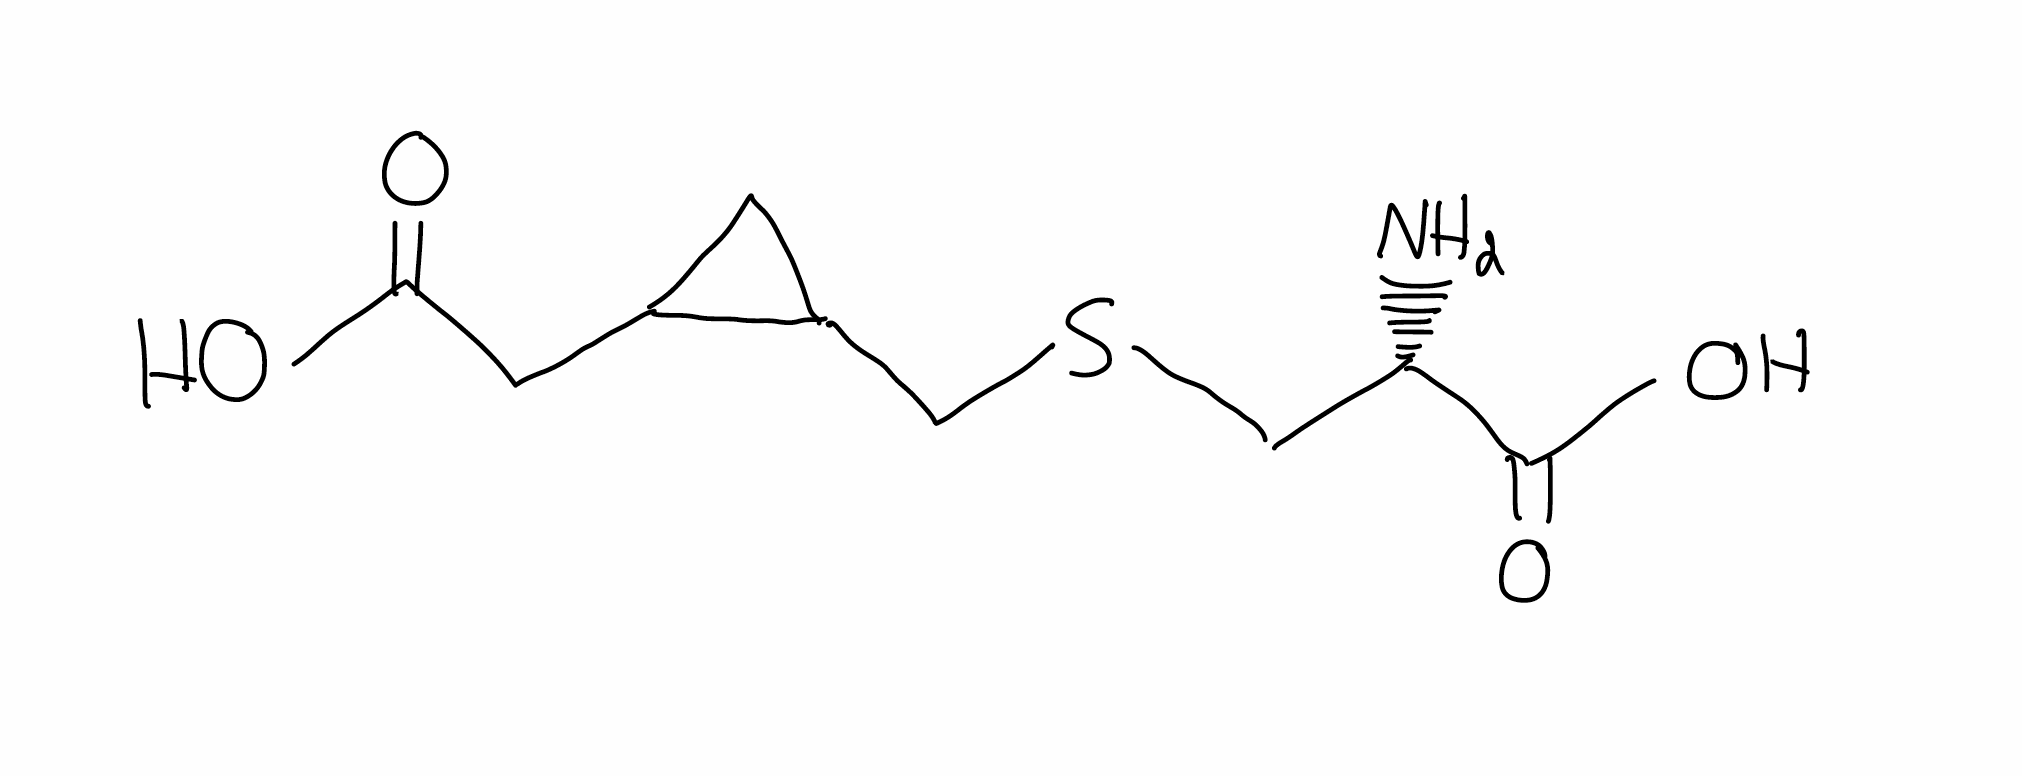
Simplified molecular-input line-entry system (SMILES) notation of the given molecule:
C1C(C1CSC[C@@H](C(=O)O)N)CC(=O)O